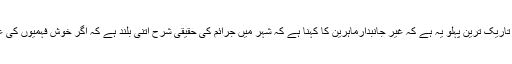
عروس البلاد میںجرائم کی سطح کا جو گراف اعداد شمار کی روشنی میں بنتا ہے اس کا تاریک ترین پہلو یہ ہے کہ غیر جانبدارماہرین کا کہنا ہے کہ شہر میں جرائم کی حقیقی شرح اتنی بلند ہے کہ اگر خوش فہمیوں کی عینک اتار کر اس کا جائزہ لیا جائے تو خود اعلی ترین افسران کا پسینہ چھوٹ جائے گا ۔